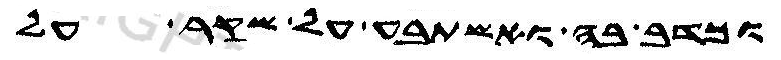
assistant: וכדב בה ואשתבע על שקר על